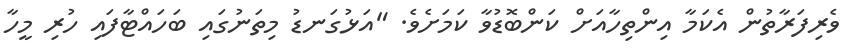
ވެރިފަރާތުން އެކަމާ އިންތިހާއަށް ކަންބޮޑުވާ ކަމަށެވެ. "އަޅުގަނޑު މިތަނުގައި ބަހައްޓާފައި ހުރި މީހާ